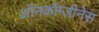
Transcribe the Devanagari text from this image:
ऑनकॉग्जीनेस